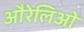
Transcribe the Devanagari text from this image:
औरेलिओ